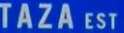
TAZA EST